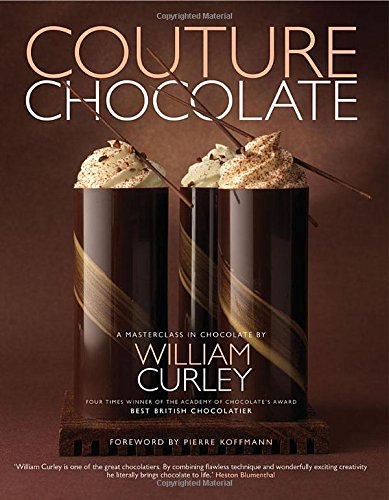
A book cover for Couture Chocolate: A Masterclass in Chocolate; William Curley; Cookbooks, Food & Wine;